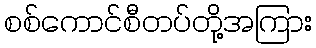
စစ်ကောင်စီတပ်တို့အကြား